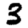
Digit: 3